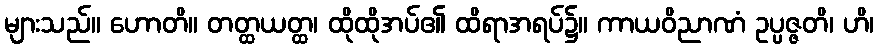
များသည်။ ဟောတိ။ တတ္ထယတ္ထ၊ ထိုထိုအပ်၏ ထိရာအရပ်၌။ ကာယဝိညာဏံ ဥပ္ပဇ္ဇတိ၊ ဟိ၊